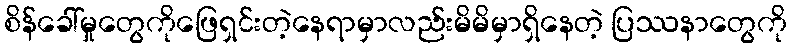
စိန်ခေါ်မှုတွေကိုဖြေရှင်းတဲ့နေရာမှာလည်းမိမိမှာရှိနေတဲ့ ပြဿနာတွေကို